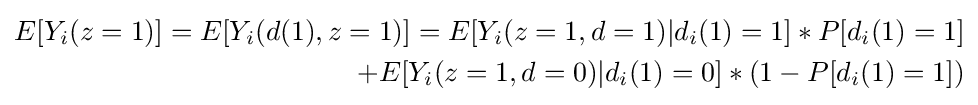
{\begin{aligned}{\displaystyle E[Y_{i}(z=1)]=E[Y_{i}(d(1),z=1)]}=E[Y_{i}(z=1,d=1)|d_{i}(1)=1]*P[d_{i}(1)=1]&\\+E[Y_{i}(z=1,d=0)|d_{i}(1)=0]*(1-P[d_{i}(1)=1])\end{aligned}}